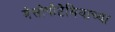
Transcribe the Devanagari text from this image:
मेसोपोटेमियाच्या